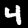
Label: 4